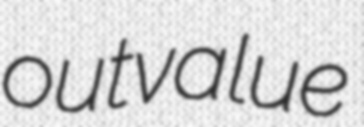
outvalue